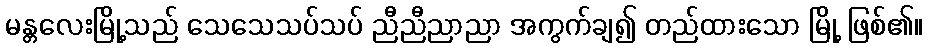
မန္တလေးမြို့သည် သေသေသပ်သပ် ညီညီညာညာ အကွက်ချ၍ တည်ထားသော မြို့ ဖြစ်၏။